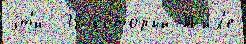
э́т'и -38 кото́рый Т'ил'е